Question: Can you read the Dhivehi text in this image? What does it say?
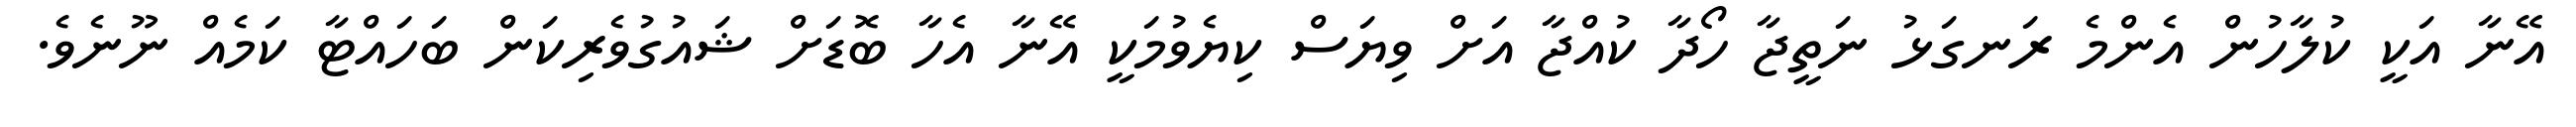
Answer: އޭނާ އަކީ ކުލާހުން އެންމެ ރަނގަޅު ނަތީޖާ ހޯދާ ކުއްޖާ އަށް ވިޔަސް ކިޔެވުމަކީ އޭނާ އެހާ ބޮޑަށް ޝައުގުވެރިކަން ބަހައްޓާ ކަމެއް ނޫނެވެ.